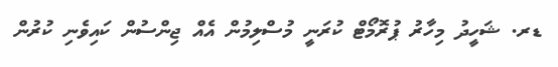
ޑރ. ޝަހީދު މިހާރު ޕުރޮމޯޓް ކުރަނީ މުސްލިމުން އެއް ޖިންސުން ކައިވެނި ކުރުން